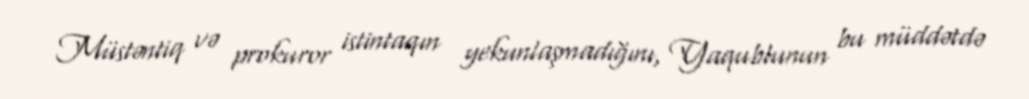
Müstəntiq və prokuror istintaqın yekunlaşmadığını, Yaqublunun bu müddətdə